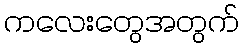
ကလေးတွေအတွက်